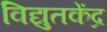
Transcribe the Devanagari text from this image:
विद्युतकेंद्र